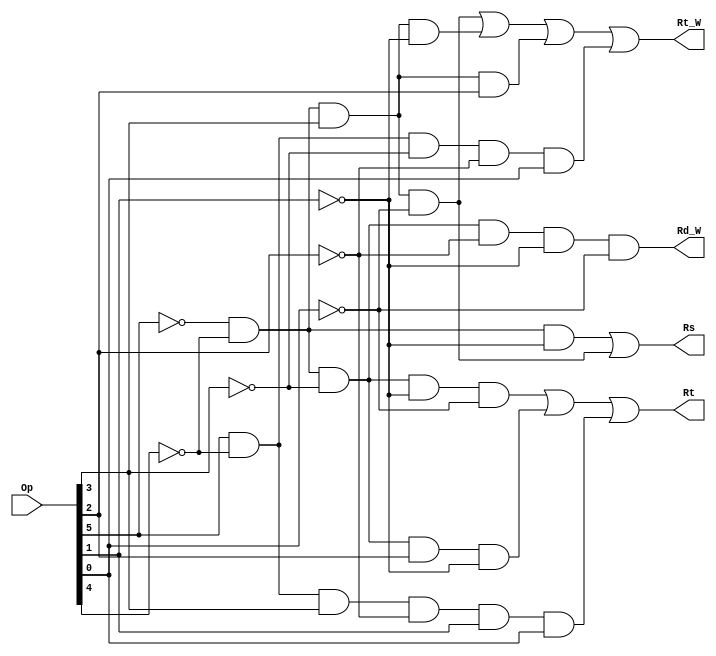
`timescale 1ns / 1ps
//////////////////////////////////////////////////////////////////////////////////
// Company: 
// Engineer: 
// 
// Design Name: 
// Module Name: rcomp
// Project Name: 
// Target Devices: 
// Tool Versions: 
// Description: 
// 
// Dependencies: 
// 
// Revision:
// Revision 0.01 - File Created
// Additional Comments:
// 
//////////////////////////////////////////////////////////////////////////////////


module rcomp(
    input [6:1] Op,
    output Rs,
    output Rt,
    output Rt_W,
    output Rd_W
    );
    assign #1 Rs = ~Op[6]&~Op[5]&~Op[2]|~Op[6]&~Op[5]&Op[4]&~Op[1];
    assign #1 Rt = ~Op[6]&~Op[5]&~Op[4]&~Op[2]&~Op[1]|~Op[6]&~Op[5]&~Op[4]&Op[3]&~Op[2]|Op[6]&~Op[5]&Op[4]&~Op[3]&Op[2]&Op[1];
    assign #1 Rt_W = ~Op[6]&~Op[5]&Op[4]&~Op[1]|~Op[6]&~Op[5]&Op[4]&~Op[2]|~Op[6]&~Op[5]&Op[4]&Op[3]|Op[6]&~Op[5]&~Op[4]&~Op[3]&Op[1];
    assign #1 Rd_W = ~Op[6]&~Op[5]&~Op[4]&~Op[3]&~Op[2]&~Op[1];
endmodule